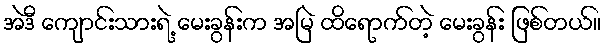
အဲဒီ ကျောင်းသားရဲ့ မေးခွန်းက အမြဲ ထိရောက်တဲ့ မေးခွန်း ဖြစ်တယ်။